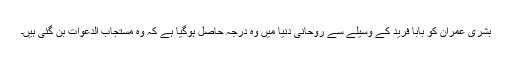
بشریٰ عمران کو بابا فریدؒ کے وسیلے سے روحانی دنیا میں وہ درجہ حاصل ہوگیا ہے کہ وہ مستجاب الدعوات بن گئی ہیں۔